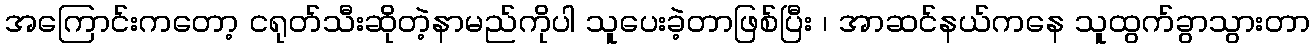
အကြောင်းကတော့ ငရုတ်သီးဆိုတဲ့နာမည်ကိုပါ သူပေးခဲ့တာဖြစ်ပြီး ၊ အာဆင်နယ်ကနေ သူထွက်ခွာသွားတာ